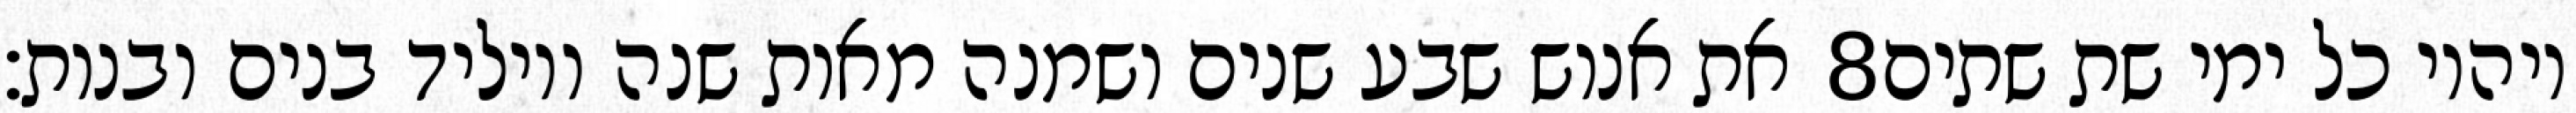
את אנוש שבע שנים ושמנה מאות שנה ויוליד בנים ובנות׃ ‎8‏ ויהיו כל ימי שת שתים